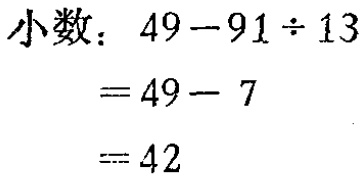
\(49 - 91\div13\)
\(= 49 - 7\)
\(= 42\)